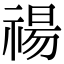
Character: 禓